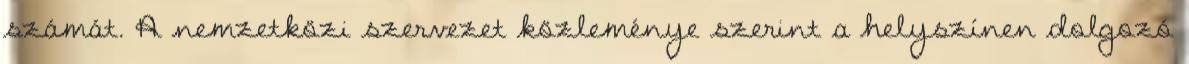
számát. A nemzetközi szervezet közleménye szerint a helyszínen dolgozó